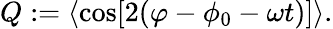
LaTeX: \begin{array}{r}{Q:=\langle\cos[2(\varphi-\phi_{0}-\omega t)]\rangle.}\end{array}